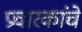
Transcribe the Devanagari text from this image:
प्रचारकांचे